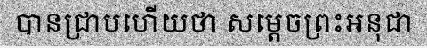
បានជ្រាបហើយថា សម្តេចព្រះអនុជា